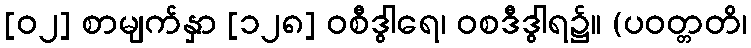
[၀၂] စာမျက်နှာ [၁၂၈] ဝစီဒွါရေ၊ ဝစဒီဒွါရ၌။ (ပဝတ္တတိ၊